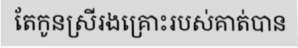
តែកូនស្រីរងគ្រោះរបស់គាត់បាន